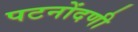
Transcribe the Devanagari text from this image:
पटनोंदणी